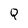
Character: Q